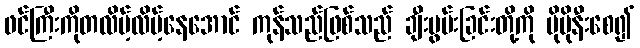
ဖင်ကြီးကိုတလိမ့်လိမ့်နေအောင် ကုန်သည်ဖြစ်သည် ချီးမွမ်းခြင်းတို့ကို ပိုမိုနီးစေ၍